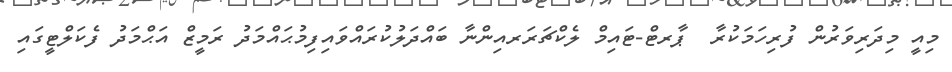
މިއީ މިދަރިވަރުން ފުރިހަމަކުރާ  ޕާރޓް-ޓައިމް ލެކްޗަރަރއިންނާ ބައްދަލުކުރައްވައިފިމުޙައްމަދު ރަމީޒް އަޙްމަދު ފެކަލްޓީގައި